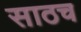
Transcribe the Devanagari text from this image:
साठच